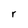
Character: r